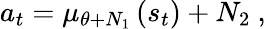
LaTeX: a_{t}=\mu_{\theta+N_{1}}\left(s_{t}\right)+N_{2}~,